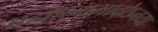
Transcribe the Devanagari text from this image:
ब्रह्मात्मभावोऽनया